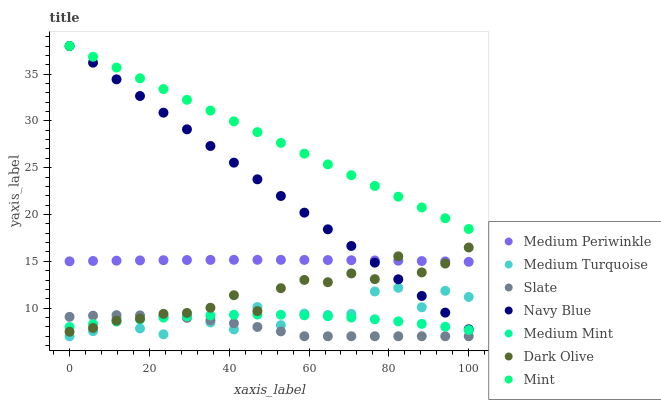
| xaxis_label | Medium Periwinkle | Medium Turquoise | Slate | Navy Blue | Medium Mint | Dark Olive | Mint |
 | --- | --- | --- | --- | --- | --- | --- | --- |
 | 0 | 15 | 7 | 9.07 | 38 | 7.99 | 7.48 | 38 |
 | 5.88 | 15 | 7.54 | 9.2 | 36.2 | 8.3 | 7.89 | 36.9 |
 | 11.8 | 15.1 | 8.89 | 9.25 | 34.4 | 8.57 | 8.67 | 35.7 |
 | 17.6 | 15.1 | 7.84 | 9.23 | 32.7 | 8.8 | 8.89 | 34.6 |
 | 23.5 | 15.1 | 7.21 | 9.13 | 30.9 | 8.98 | 9.39 | 33.4 |
 | 29.4 | 15.1 | 9.29 | 8.96 | 29.1 | 9.13 | 9.49 | 32.3 |
 | 35.3 | 15.2 | 8.47 | 8.71 | 27.3 | 9.23 | 10 | 31.1 |
 | 41.2 | 15.2 | 7.73 | 8.39 | 25.5 | 9.3 | 11.4 | 30 |
 | 47.1 | 15.2 | 10.1 | 7.99 | 23.8 | 9.32 | 9.69 | 28.8 |
 | 52.9 | 15.2 | 8.19 | 7.52 | 22 | 9.3 | 12.1 | 27.7 |
 | 58.8 | 15.2 | 9.42 | 7 | 20.2 | 9.24 | 13 | 26.5 |
 | 64.7 | 15.1 | 9.28 | 7 | 18.4 | 9.14 | 12.8 | 25.4 |
 | 70.6 | 15.1 | 9.4 | 7 | 16.6 | 9 | 13.7 | 24.2 |
 | 76.5 | 15.1 | 11.8 | 7 | 14.9 | 8.81 | 13.1 | 23.1 |
 | 82.4 | 15.1 | 12.2 | 7 | 13.1 | 8.59 | 15.5 | 21.9 |
 | 88.2 | 15 | 10.1 | 7 | 11.3 | 8.32 | 13.8 | 20.8 |
 | 94.1 | 15 | 11.9 | 7 | 9.52 | 8.02 | 14.8 | 19.6 |
 | 100 | 15 | 11.2 | 7 | 7.74 | 7.67 | 16.5 | 18.5 |